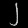
Digit: ၂